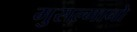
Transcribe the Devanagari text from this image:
मुसल्मानो